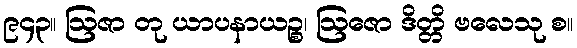
၉၄၃။ ဩဇာ တု ယာပနာယဉ္စ၊ ဩဇော ဒိတ္တိ ဗလေသု စ။